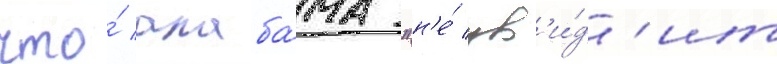
что́ алаба́ма "н'е́ ув'и́д'ит